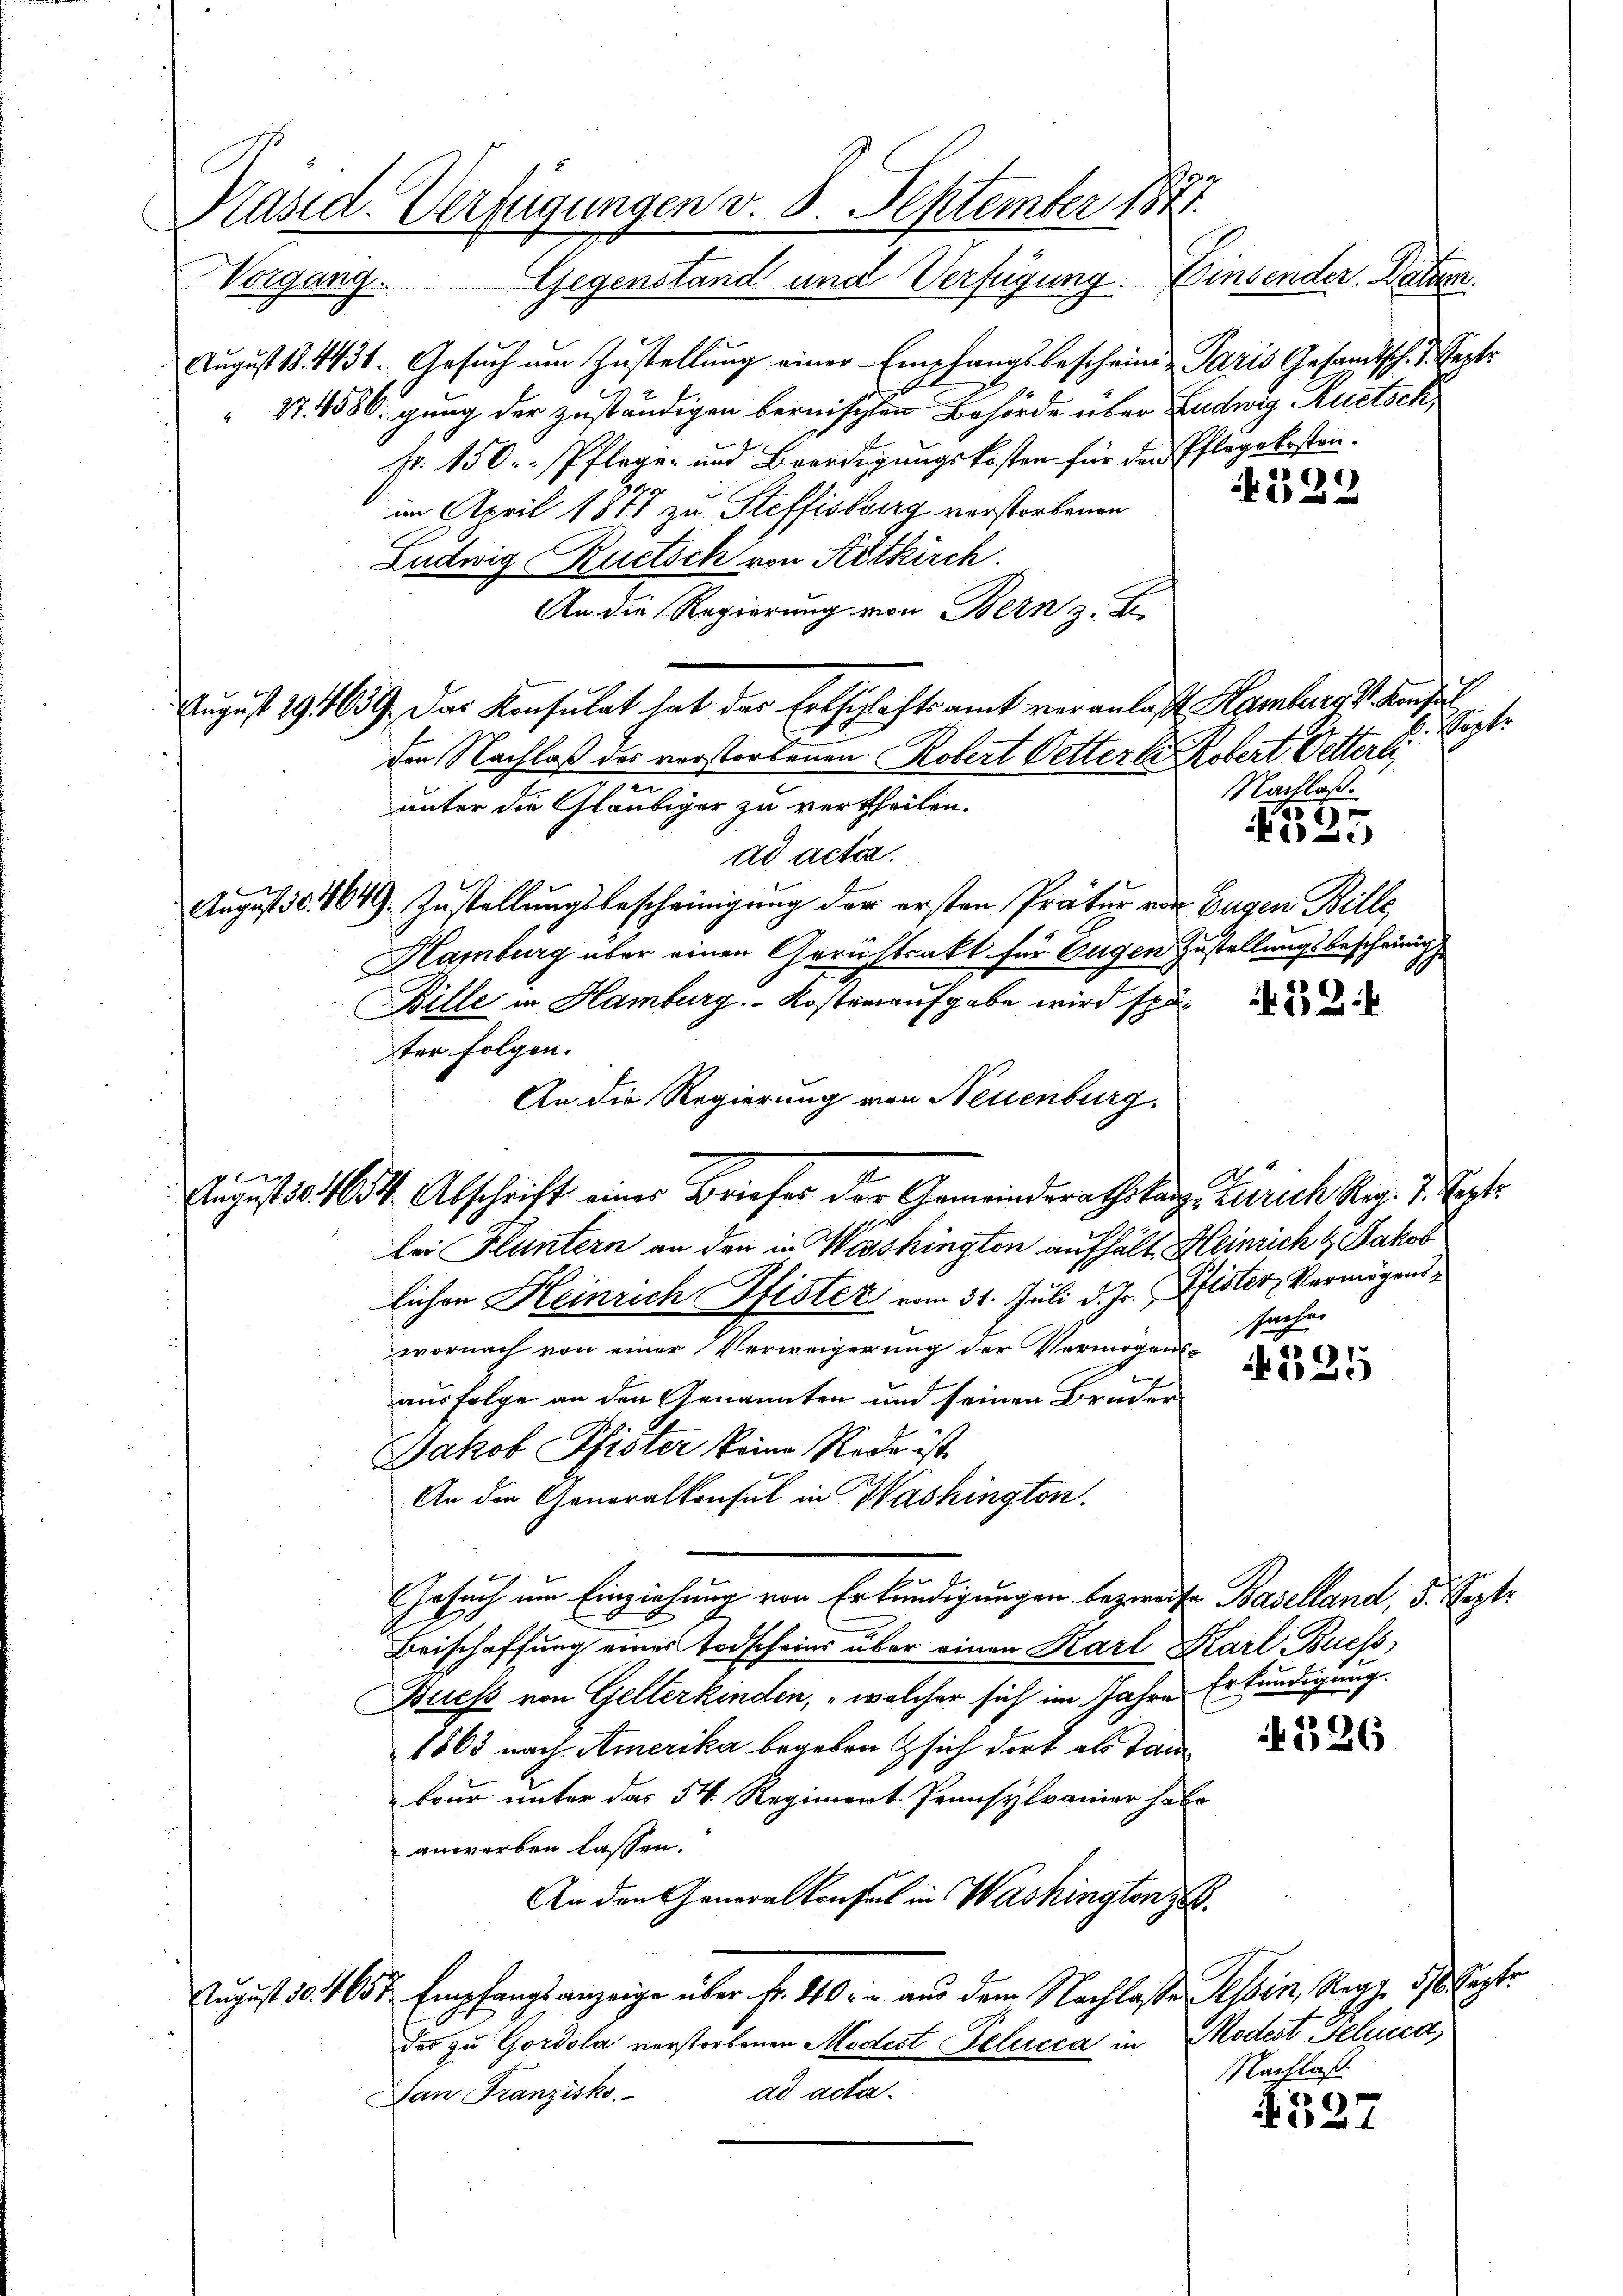
n
Präsid. Verfügungen v. 8. September 1841.
Vorgang. Gegenstand und Verfügung: Einsender. Batzen.

August 18. 4431. Gesuch um Zustellung einer Empfangsbescheinig Paris Gesandtsch. d. Septe
 27. 4586. gung der zuständigen bernischen Behörde über Ludwig Ruetsch
fr. 150. Pflege- und Beerdigungskosten für den Pflegekosten.
im April 1877 zu Steffisburg verstorbenen
Ludwig Ruetsch von Ritkirch
An die Regierung von Bern z. B.
der Nachlaß des vorstorbenen Robert Petterke Robert Oetterli
.
unter die Gläubiger zu vertheilen.
ad acter.
August 18. 464. Zustellungsbescheinigung der ersten Prätur von Eugen Bille,
Kamburg über einen Gerichtsakt für Eugen Zustellungsbescheinig
Bille in Hamburg. - Kosteinaufgabe wird später Folgen.
An die Regierung von Neuenburg.
Bei Fluntern an den in Washington aufhält, Heinrich & Jakob
lichen Heinrich Pfister vom 31. Juli d. Js. Pfister Vermögenswornach von einer Verweigerung der Vermögenssachen
ausfolge an den Genannten und seinen Bruder
Jakob Pfister keine Rede ist.
An den Generalkonsul in Washington.
Gesuch um Einziehung von Erkundigungen bezweife Baselland, 5. Rez
Beischaffung eines Todscheins über einen Karl Karl Buchs,
Buchs von Gelterkinden, welcher sich im Jahre Erkundigung.
1863 nach Amerika begeben & sich dort als Tan
bour unter das 54. Regiment Pronsylvanier habe
anwerben lassen.
An den Generalkonsul in Washington z
August 10. 4657 Empfangsanzeige über Fr. 40. - aus dem Nachlasse Tessin, Regg. 516. Septe
des zu Gordola verstorbenen Modest Pelucca in Modest Selucca,
ad acta.
Dan Franzisko

August 19. 639. Das Konsulat hat das Erbschaftsamt veranlaßt, Hamburg v. Kaiser

August v. 1654 Abschrift eines Briefes der Gemeindesrathstag Zürich Reg. 7. Sept.

)
N 222

chet.
Nachlaß.

535

325

4326

A527

Nachlaß.

t.